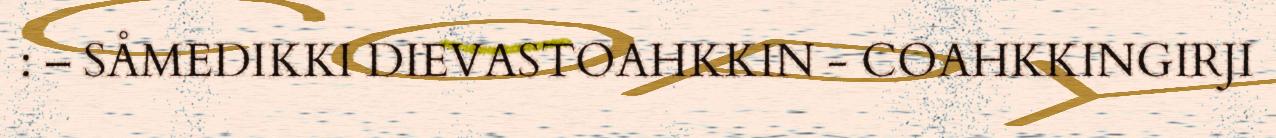
: – SÅMEDIKKI DIEVASTOAHKKIN - COAHKKINGIRJI